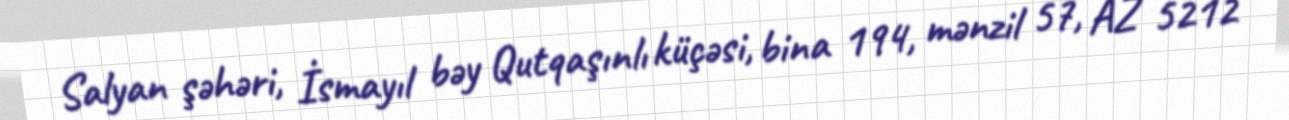
Salyan şəhəri, İsmayıl bəy Qutqaşınlı küçəsi, bina 194, mənzil 57, AZ 5212